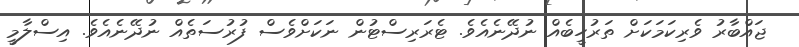
ޖައްބާރު ވެރިކަމަކަށް ތަރުހީބެއް ނުދޭނެއެވެ. ޓެރަރިސްޓުން ނަކަށްވެސް ފުރުސަތެއް ނުދޭނެއެވެ. އިސްލާމީ